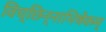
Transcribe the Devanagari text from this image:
विच्छिन्नाभिषेकम्